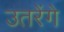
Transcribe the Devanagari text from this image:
उतरेंगे